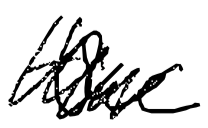
Text: the
Cross-out: scratch
Writing tool: digital_black